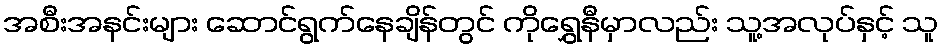
အစီးအနင်းများ ဆောင်ရွက်နေချိန်တွင် ကိုရွှေနီမှာလည်း သူ့အလုပ်နှင့် သူ